Annual administration report of the Civil Veterinary Department of India - 1895-1896
Year: 1895
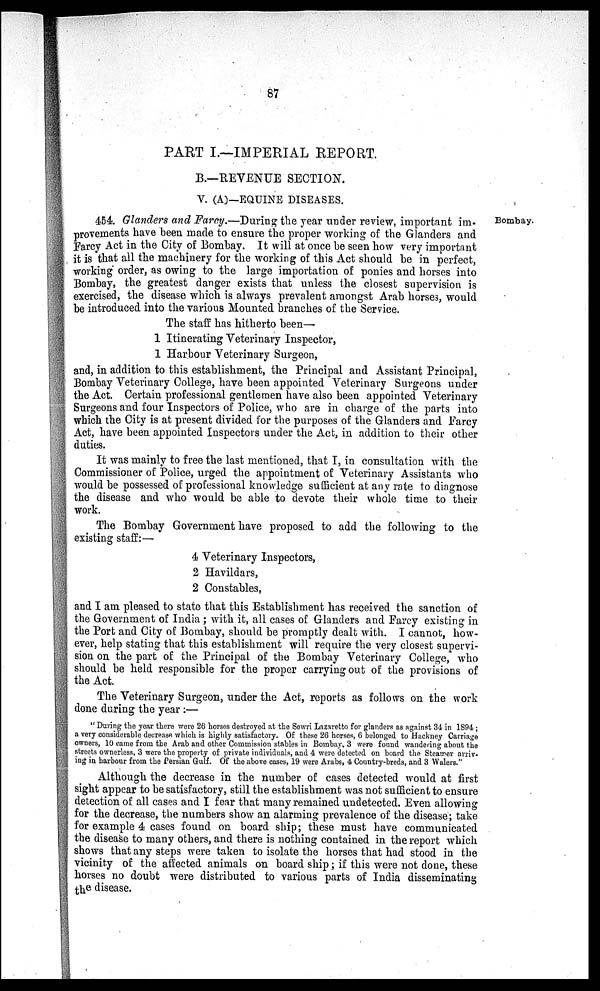
87
PART I.—IMPERIAL REPORT.
B.—REVENUE SECTION.
V. (A)—EQUINE DISEASES.
Bombay.
454. Glanders and Farcy.—During the year under review, important im-
provements have been made to ensure the proper working of the Glanders and
Farcy Act in the City of Bombay. It will at once be seen how very important
it is that all the machinery for the working of this Act should be in perfect,
working order, as owing to the large importation of ponies and horses into
Bombay, the greatest danger exists that unless the closest supervision is
exercised, the disease which is always prevalent amongst Arab horses, would
be introduced into the various Mounted branches of the Service.
The staff has hitherto been—
1 Itinerating Veterinary Inspector,
1 Harbour Veterinary Surgeon,
and, in addition to this establishment, the Principal and Assistant Principal,
Bombay Veterinary College, have been appointed Veterinary Surgeons under
the Act. Certain professional gentlemen have also been appointed Veterinary
Surgeons and four Inspectors of Police, who are in charge of the parts into
which the City is at present divided for the purposes of the Glanders and Farcy
Act, have been appointed Inspectors under the Act, in addition to their other
duties.
It was mainly to free the last mentioned, that I, in consultation with the
Commissioner of Police, urged the appointment of Veterinary Assistants who
would be possessed of professional knowledge sufficient at any rate to diagnose
the disease and who would be able to devote their whole time to their
work.
The Bombay Government have proposed to add the following to the
existing staff:—
4 Veterinary Inspectors,
2 Havildars,
2 Constables,
and I am pleased to state that this Establishment has received the sanction of
the Government of India; with it, all cases of Glanders and Farcy existing in
the Port and City of Bombay, should be promptly dealt with. I cannot, how-
ever, help stating that this establishment will require the very closest supervi-
sion on the part of the Principal of the Bombay Veterinary College, who
should be held responsible for the proper carrying out of the provisions of
the Act.
The Veterinary Surgeon, under the Act, reports as follows on the work
done during the year :—
"During the year there were 26 horses destroyed at the Sewri Lazaretto for glanders as against 34 in 1894;
a very considerable decrease which is highly satisfactory. Of these 26 horses, 6 belonged to Hackney Carriage
owners, 10 came from the Arab and other Commission stables in Bombay, 3 were found wandering about the
streets ownerless, 3 were the property of private individuals, and 4 were detected on board the Steamer arriv-
ing in harbour from the Persian Gulf. Of the above cases, 19 were Arabs, 4 Country-breds, and 3 Walers."
Although the decrease in the number of cases detected would at first
sight appear to be satisfactory, still the establishment was not sufficient to ensure
detection of all cases and I fear that many remained undetected. Even allowing
for the decrease, the numbers show an alarming prevalence of the disease; take
for example 4 cases found on board ship; these must have communicated
the disease to many others, and there is nothing contained in the report which
shows that any steps were taken to isolate the horses that had stood in the
vicinity of the affected animals on board ship; if this were not done, these
horses no doubt were distributed to various parts of India disseminating
the disease.